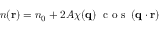
\begin{array} { r } { n ( \mathbf { r } ) = n _ { 0 } + 2 A \chi ( \mathbf { q } ) \ \textnormal { c o s } \left( \mathbf { q } \cdot \mathbf { r } \right) \ } \end{array}